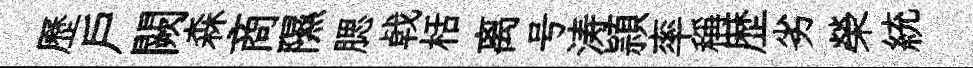
歷戶闕森商隰腮㦸栝离号涛頴率稱歴劣榮統